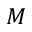
M